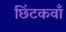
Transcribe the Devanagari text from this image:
छिंटकवाँ